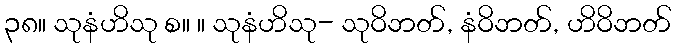
၃၈။ သုနံဟိသု စ။ ။ သုနံဟိသု- သုဝိဘတ်, နံဝိဘတ်, ဟိဝိဘတ်